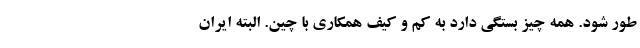
طور شود. همه چیز بستگی دارد به کم و کیف همکاری با چین. البته ایران